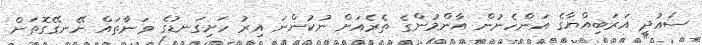
ސައުދީ އަރަބިއްޔާގެ އަންހެނުން އާންމުންގެ ތެރެއަށް ނުކުންނަ އިރު ހަށިގަނޑުގެ ވަނާތައް ނޭނގޭގޮތަށް